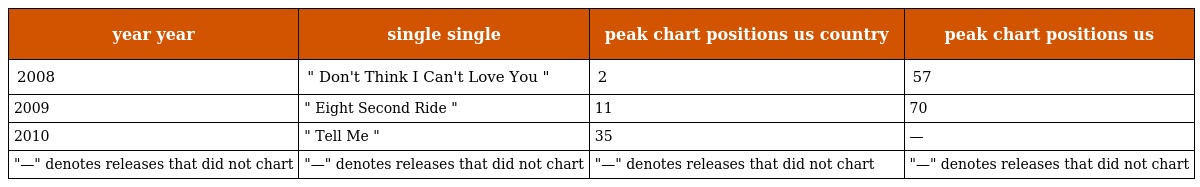
| year year | single single | peak chart positions us country | peak chart positions us |
 | --- | --- | --- | --- |
 | 2008 | " Don't Think I Can't Love You " | 2 | 57 |
 | 2009 | " Eight Second Ride " | 11 | 70 |
 | 2010 | " Tell Me " | 35 | — |
 | "—" denotes releases that did not chart | "—" denotes releases that did not chart | "—" denotes releases that did not chart | "—" denotes releases that did not chart |